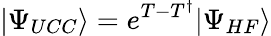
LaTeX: |\Psi_{UCC}\rangle=e^{T-T^{\dagger}}|\Psi_{HF}\rangle